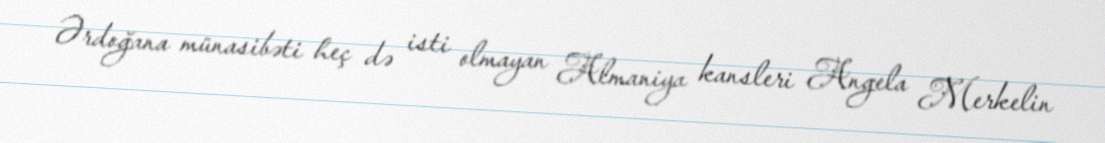
Ərdoğana münasibəti heç də isti olmayan Almaniya kansleri Angela Merkelin